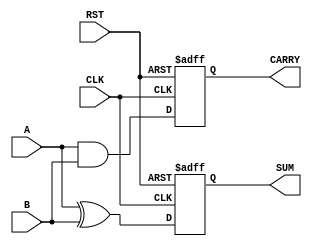
module sequential_half_adder (
    input wire A,         // First input bit
    input wire B,         // Second input bit
    input wire CLK,       // Clock signal
    input wire RST,       // Reset signal
    output reg SUM,       // Sum output
    output reg CARRY      // Carry output
);

    // Internal state registers to hold previous sum and carry values
    reg prev_sum;
    reg prev_carry;

    // Always block to handle state transitions and output updates
    always @(posedge CLK or posedge RST) begin
        if (RST) begin
            // Reset state registers and outputs to zero
            prev_sum <= 1'b0;
            prev_carry <= 1'b0;
            SUM <= 1'b0;
            CARRY <= 1'b0;
        end else begin
            // Compute current sum and carry
            SUM <= A ^ B;          // Sum is A XOR B
            CARRY <= A & B;        // Carry is A AND B
            
            // Update previous sum and carry
            prev_sum <= SUM;
            prev_carry <= CARRY;
        end
    end

endmodule